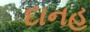
દાનહ